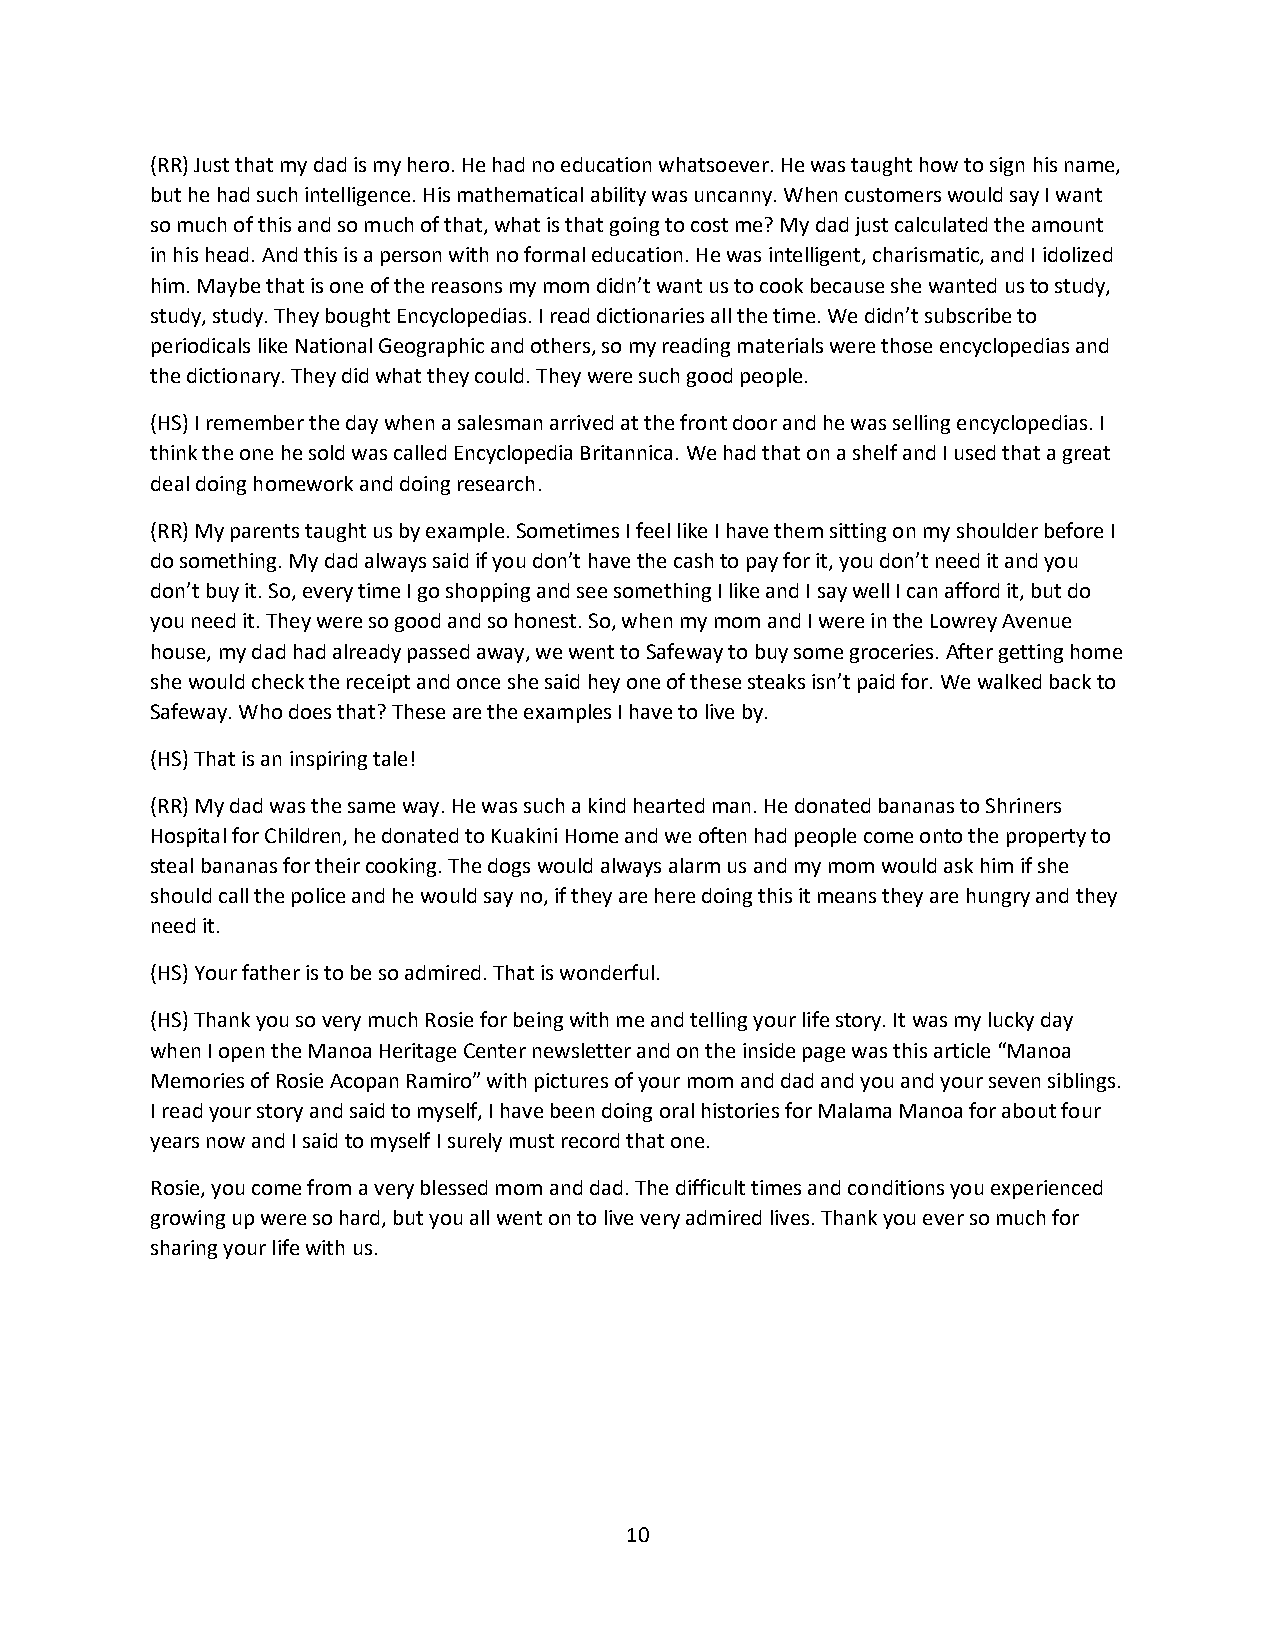
(RR) Just that my dad is my hero. He had no education whatsoever. He was taught how to sign his name,
 but he had such intelligence. His mathematical ability was uncanny. When customers would say I want
 so much of this and so much of that, what is that going to cost me? My dad just calculated the amount
 in his head. And this is a person with no formal education. He was intelligent, charismatic, and I idolized
 him. Maybe that is one of the reasons my mom didn’t want us to cook because she wanted us to study,
 study, study. They bought Encyclopedias. I read dictionaries all the time. We didn’t subscribe to
 periodicals like National Geographic and others, so my reading materials were those encyclopedias and
 the dictionary. They did what they could. They were such good people.
 (HS) I remember the day when a salesman arrived at the front door and he was selling encyclopedias. I
 think the one he sold was called Encyclopedia Britannica. We had that on a shelf and I used that a great
 deal doing homework and doing research.
 (RR) My parents taught us by example. Sometimes I feel like I have them sitting on my shoulder before I
 do something. My dad always said if you don’t have the cash to pay for it, you don’t need it and you
 don’t buy it. So, every time I go shopping and see something I like and I say well I can afford it, but do
 you need it. They were so good and so honest. So, when my mom and I were in the Lowrey Avenue
 house, my dad had already passed away, we went to Safeway to buy some groceries. After getting home
 she would check the receipt and once she said hey one of these steaks isn’t paid for. We walked back to
 Safeway. Who does that? These are the examples I have to live by.
 (HS) That is an inspiring tale!
 (RR) My dad was the same way. He was such a kind hearted man. He donated bananas to Shriners
 Hospital for Children, he donated to Kuakini Home and we often had people come onto the property to
 steal bananas for their cooking. The dogs would always alarm us and my mom would ask him if she
 should call the police and he would say no, if they are here doing this it means they are hungry and they
 need it.
 (HS) Your father is to be so admired. That is wonderful.
 (HS) Thank you so very much Rosie for being with me and telling your life story. It was my lucky day
 when I open the Manoa Heritage Center newsletter and on the inside page was this article “Manoa
 Memories of Rosie Acopan Ramiro” with pictures of your mom and dad and you and your seven siblings.
 I read your story and said to myself, I have been doing oral histories for Malama Manoa for about four
 years now and I said to myself I surely must record that one.
 Rosie, you come from a very blessed mom and dad. The difficult times and conditions you experienced
 growing up were so hard, but you all went on to live very admired lives. Thank you ever so much for
 sharing your life with us.
 10